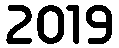
2019